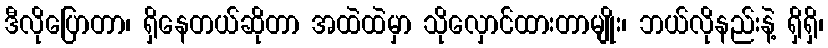
ဒီလိုပြောတာ၊ ရှိနေတယ်ဆိုတာ အထဲထဲမှာ သိုလှောင်ထားတာမျိုး၊ ဘယ်လိုနည်းနဲ့ ရှိရှိ၊